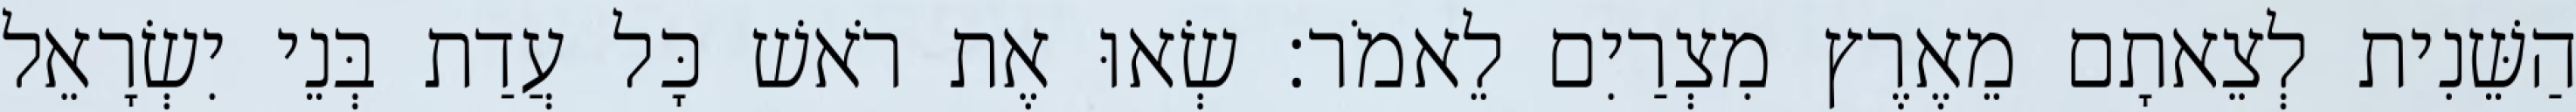
הַשֵּׁנִית לְצֵאתָם מֵאֶרֶץ מִצְרַיִם לֵאמֹר׃ שְׂאוּ אֶת רֹאשׁ כָּל עֲדַת בְּנֵי יִשְׂרָאֵל